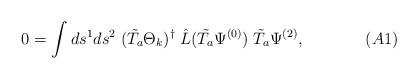
LaTeX: \begin{align*}0 = \int ds^1ds^2\; (\tilde{T_a} \Theta_{k})^{\dagger}\;\hat{L} (\tilde{T_a} \Psi^{(0)})\; \tilde{T_a} \Psi^{(2)}, \;\;\;\;\;\;\;\;\;\;\;\;\; (A1)\end{align*}